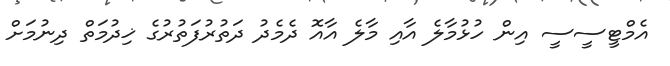
އެމްޓީސީސީ އިން ހުޅުމާލެ އާއި މާލެ އާއޮ ދެމެދު ދަތުރުފަތުރުގެ ޚިދުމަތް ދިނުމަށް